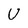
Character: U